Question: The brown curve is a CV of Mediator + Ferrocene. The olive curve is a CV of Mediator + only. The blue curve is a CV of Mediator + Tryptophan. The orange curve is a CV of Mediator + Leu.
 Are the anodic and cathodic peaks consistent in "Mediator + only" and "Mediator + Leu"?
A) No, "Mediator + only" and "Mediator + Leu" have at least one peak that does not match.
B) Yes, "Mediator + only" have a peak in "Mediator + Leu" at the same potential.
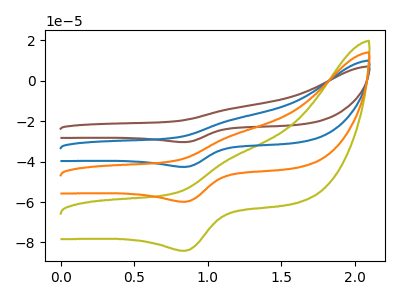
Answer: <think>The brown curve "Mediator + Ferrocene" has an anodic peak at (1.15V, -81.05uA) and a cathodic peak at (0.85V, -179.60uA). The olive curve "Mediator + only" has an anodic peak at (1.15V, -37.95uA) and a cathodic peak at (0.85V, -84.10uA). The blue curve "Mediator + Tryptophan" has an anodic peak at (1.15V, -54.05uA) and a cathodic peak at (0.85V, -119.75uA). The orange curve "Mediator + Leu" has an anodic peak at (1.15V, -27.00uA) and a cathodic peak at (0.85V, -59.85uA).</think>
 <answer>B) Yes, "Mediator + only" have a peak in "Mediator + Leu" at the same potential.</answer>
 <eval>B</eval>